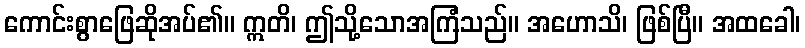
ကောင်းစွာဖြေဆိုအပ်၏။ ဣတိ၊ ဤသို့သောအကြံသည်။ အဟောသိ၊ ဖြစ်ပြီ။ အထခေါ၊